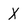
Character: X